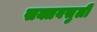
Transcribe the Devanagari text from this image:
सक्तवसुली